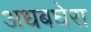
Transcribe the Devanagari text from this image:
अधबघेरा